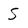
Character: S